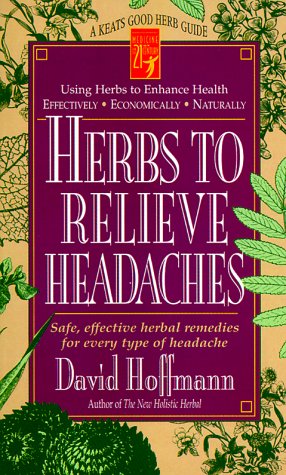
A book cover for Herbs to Relieve Headaches: Safe, Effective Herbal Remedies for Every Type of Headache (Good Herb Guide Series); David Hoffmann; Health, Fitness & Dieting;